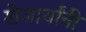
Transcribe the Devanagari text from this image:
शेजार्यांनी